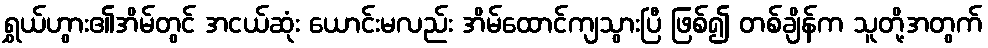
ရွှယ်ဟွား၏အိမ်တွင် အငယ်ဆုံး ယောင်းမလည်း အိမ်ထောင်ကျသွားပြီ ဖြစ်၍ တစ်ချိန်က သူတို့အတွက်